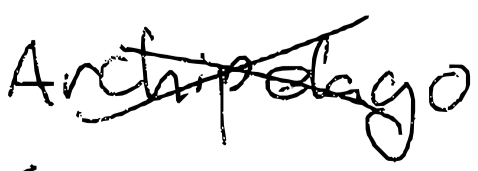
Text: Archipelago
Cross-out: cross
Writing tool: digital_black